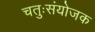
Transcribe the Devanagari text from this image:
चतुःसंयोजक